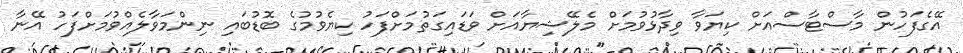
އޭގެފަހުން މާސްޓާސްއަށް ކިޔަވާ ވިދާޅުވުމަށް މެލޭޝިޔާއަށް ވަޑައިގަތުމަށްފަހު ކިޔެވުމުގެ ބޮޑުބައި ނިންމަވާލެއްވުމަށްފަހު އޭނާ